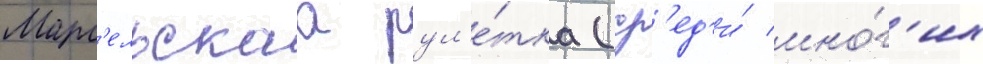
Марс'ельскаа рул'е́тка (ср'ед'и́ мно́г'их